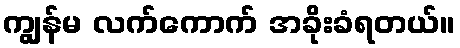
ကျွန်မ လက်ကောက် အခိုးခံရတယ်။